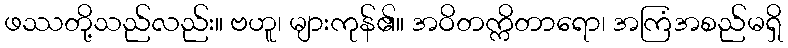
ဖဿတို့သည်လည်း။ ဗဟူ၊ များကုန်၏။ အဝိတက္ကိတာရော၊ အကြံအစည်မရှိ